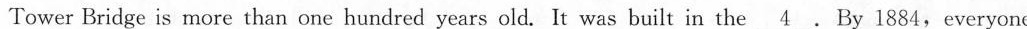
Tower Bridge is more than one hundred years old.It was built in the \nuderline{4 }By 1884,everyone